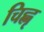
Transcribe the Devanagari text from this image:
चिह्नृ